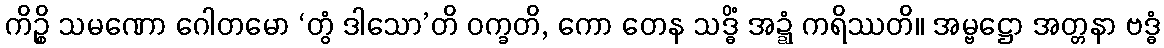
ကိဉ္စိ သမဏော ဂေါတမော ‘တွံ ဒါသော’တိ ဝက္ခတိ, ကော တေန သဒ္ဓိံ အဍ္ဍံ ကရိဿတိ။ အမ္ဗဋ္ဌော အတ္တနာ ဗဒ္ဓံ